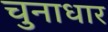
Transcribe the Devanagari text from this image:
चुनाधार